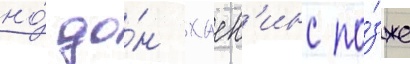
но́ до́н хаск'инс по́зже